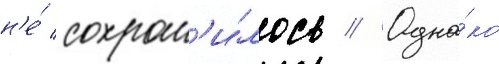
н'е́ сохран'и́лось // Одна́ко